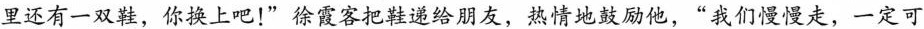
里还有一双鞋，你换上吧！”徐霞客把鞋递给朋友，热情地鼓励他，”我们慢慢走，一定可